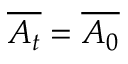
\overline { { A _ { t } } } = \overline { { A _ { 0 } } }